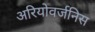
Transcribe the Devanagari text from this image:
अरियोवर्जनिस